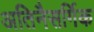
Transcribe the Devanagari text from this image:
अतिनैसर्गिक